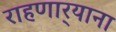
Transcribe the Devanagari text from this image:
राहणार्‍याना